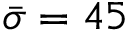
\bar { \sigma } = 4 5